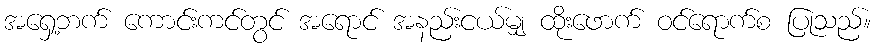
အရှေ့ဘက် ကောင်းကင်တွင် အရောင် အနည်းငယ်မျှ ထိုးဖောက် ဝင်ရောက်စ ပြုသည်။